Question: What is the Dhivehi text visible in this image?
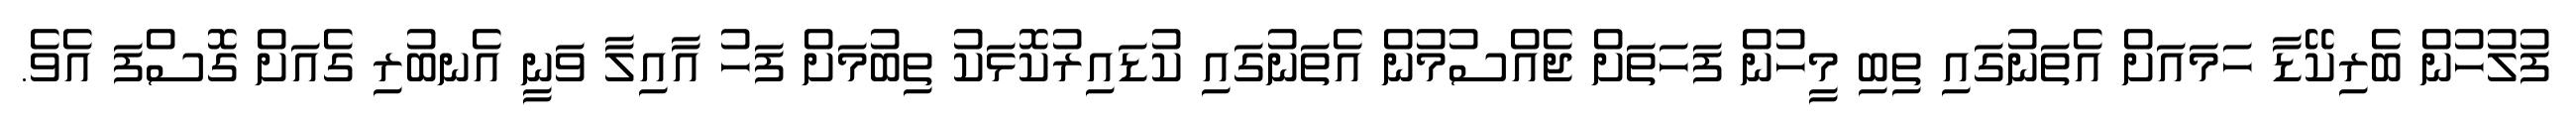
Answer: ފުލުހުން ބެރިކޭޑާ ހަމައަށް އެތަނުގައި ތިބި މީހުން ފަހަތަށް ޖެއްސުމުން އެތަނުގައި ކުޑައިރުކޮޅަކު ތިބުމަށް ފަހު އާއިލާ ވަނީ އެނބުރި ގެއަށް ގޮސްފަ އެވެ.